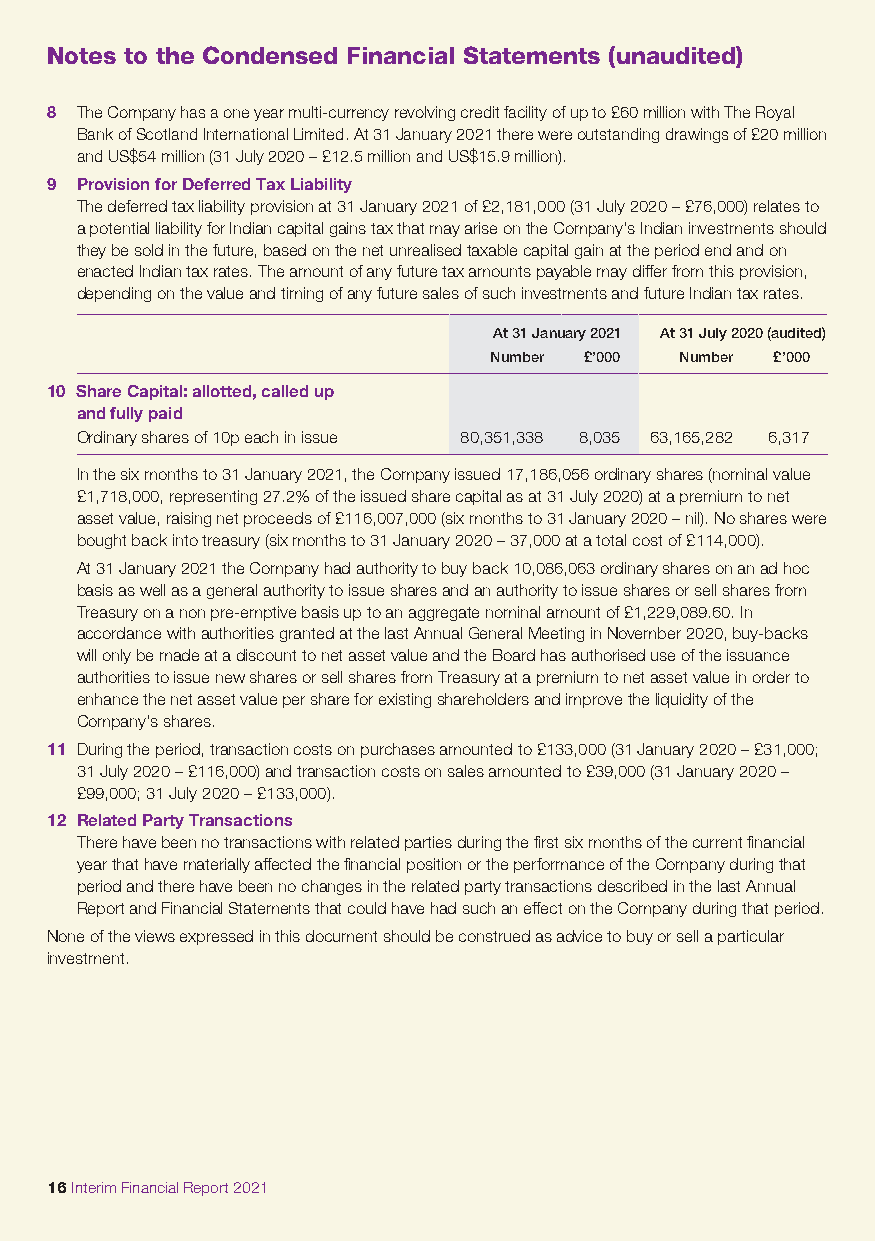
Notes to the Condensed Financial Statements (unaudited)
 8 The Company has a one year multi-currency revolving credit facility of up to £60 million with The Royal
 Bank of Scotland International Limited. At 31 January 2021 there were outstanding drawings of £20 million
 and US$54 million (31 July 2020 – £12.5 million and US$15.9 million).
 9 Provision for Deferred Tax Liability
 The deferred tax liability provision at 31 January 2021 of £2,181,000 (31 July 2020 – £76,000) relates to
 a potential liability for Indian capital gains tax that may arise on the Company’s Indian investments should
 they be sold in the future, based on the net unrealised taxable capital gain at the period end and on
 enacted Indian tax rates. The amount of any future tax amounts payable may differ from this provision,
 depending on the value and timing of any future sales of such investments and future Indian tax rates.
 At 31 January 2021 At 31 July 2020 (audited)
 Number £’000 Number £’000
 10 Share Capital: allotted, called up
 and fully paid
 Ordinary shares of 10p each in issue 80,351,338 8,035 63,165,282 6,317
 In the six months to 31 January 2021, the Company issued 17,186,056 ordinary shares (nominal value
 £1,718,000, representing 27.2% of the issued share capital as at 31 July 2020) at a premium to net
 asset value, raising net proceeds of £116,007,000 (six months to 31 January 2020 – nil). No shares were
 bought back into treasury (six months to 31 January 2020 – 37,000 at a total cost of £114,000).
 At 31 January 2021 the Company had authority to buy back 10,086,063 ordinary shares on an ad hoc
 basis as well as a general authority to issue shares and an authority to issue shares or sell shares from
 Treasury on a non pre-emptive basis up to an aggregate nominal amount of £1,229,089.60. In
 accordance with authorities granted at the last Annual General Meeting in November 2020, buy-backs
 will only be made at a discount to net asset value and the Board has authorised use of the issuance
 authorities to issue new shares or sell shares from Treasury at a premium to net asset value in order to
 enhance the net asset value per share for existing shareholders and improve the liquidity of the
 Company’s shares.
 11 During the period, transaction costs on purchases amounted to £133,000 (31 January 2020 – £31,000;
 31 July 2020 – £116,000) and transaction costs on sales amounted to £39,000 (31 January 2020 –
 £99,000; 31 July 2020 – £133,000).
 12 Related Party Transactions
 There have been no transactions with related parties during the first six months of the current financial
 year that have materially affected the financial position or the performance of the Company during that
 period and there have been no changes in the related party transactions described in the last Annual
 Report and Financial Statements that could have had such an effect on the Company during that period.
 None of the views expressed in this document should be construed as advice to buy or sell a particular
 investment.
 16 Interim Financial Report 2021